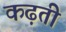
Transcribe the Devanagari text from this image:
कढ़ती